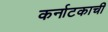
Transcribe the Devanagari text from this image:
कर्नाटकाची